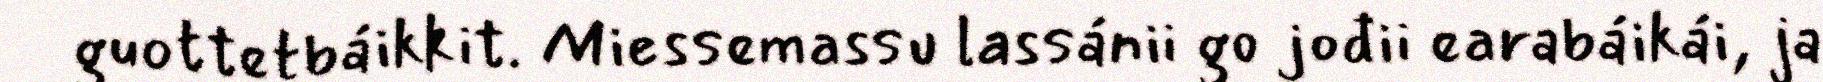
guottetbáikkit. Miessemassu lassánii go jođii earabáikái, ja